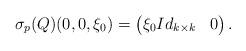
LaTeX: \begin{align*}\sigma_p(Q)(0,0,\xi_0)=\begin{pmatrix}\xi_0 Id_{k\times k} & 0\end{pmatrix}.\end{align*}